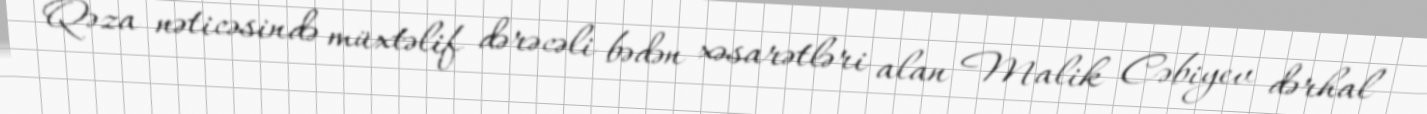
Qəza nəticəsində müxtəlif dərəcəli bədən xəsarətləri alan Malik Cəbiyev dərhal